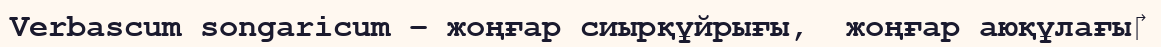
Verbascum songaricum – жоңғар сиырқұйрығы,  жоңғар аюқұлағы‎